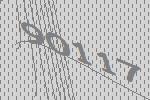
90117